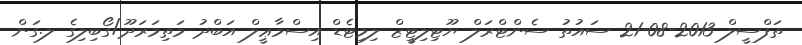
ތަފްސީލް 2013-08-21 ސައުތު ސެންޓްރަލް ޔޫޓިލިޓީޒް ލިމިޓެޑް އިސްމާޢީލް އަބްދު މަތިމަރަދޫ/ގޯބިލިގެ ލ.ގަން